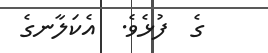
ގެ  ފުޅެވެ.  އެކަލާނގެ